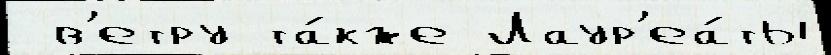
 в'етру та́кже Лаур'еа́ты